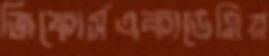
জিফোর্সএকাডেমিয়